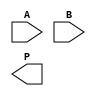
module wallace_tree_multiplier #(parameter N = 4) (
    input  wire [N-1:0] A,
    input  wire [N-1:0] B,
    output wire [2*N-1:0] P
);

    // Generate partial products
    wire [N-1:0] pp [0:N-1]; // Partial products
    genvar i, j;
    generate
        for (i = 0; i < N; i = i + 1) begin : pp_gen
            for (j = 0; j < N; j = j + 1) begin : pp_bit
                assign pp[i][j] = A[i] & B[j];
            end
        end
    endgenerate

    // Stage 1: Reduce partial products using CSAs
    wire [N-1:0] sum1 [0:N/3]; // Sums from stage 1
    wire [N-1:0] carry1 [0:N/3]; // Carries from stage 1
    generate
        for (i = 0; i < N/3; i = i + 1) begin : stage1
            if (i < N/3) begin
                assign {carry1[i], sum1[i]} = pp[3*i] + pp[3*i+1] + pp[3*i+2];
            end
        end
    endgenerate

    // Stage 2: Reduce the results from stage 1
    wire [N-1:0] sum2 [0:(N/3)/3]; // Sums from stage 2
    wire [N-1:0] carry2 [0:(N/3)/3]; // Carries from stage 2
    generate
        for (i = 0; i < (N/3)/3; i = i + 1) begin : stage2
            if (i < (N/3)/3) begin
                assign {carry2[i], sum2[i]} = sum1[3*i] + sum1[3*i+1] + sum1[3*i+2];
            end
        end
    endgenerate

    // Stage 3: Final addition of the last two rows
    wire [N-1:0] final_sum;
    wire [N-1:0] final_carry;
    assign {final_carry, final_sum} = sum2[0] + sum2[1] + carry1[0];

    // Final product output
    assign P = {final_carry, final_sum};

endmodule